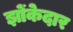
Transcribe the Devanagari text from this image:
झोंकेदार